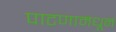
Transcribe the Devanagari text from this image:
पाटणामधून